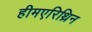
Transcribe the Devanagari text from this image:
हीमएरिथ्रिन